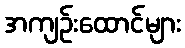
အကျဉ်းထောင်များ